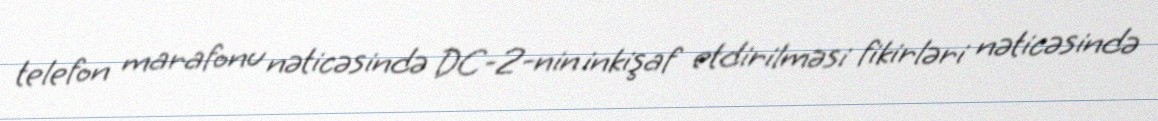
telefon marafonu nəticəsində DC-2-nin inkişaf etdirilməsi fikirləri nəticəsində